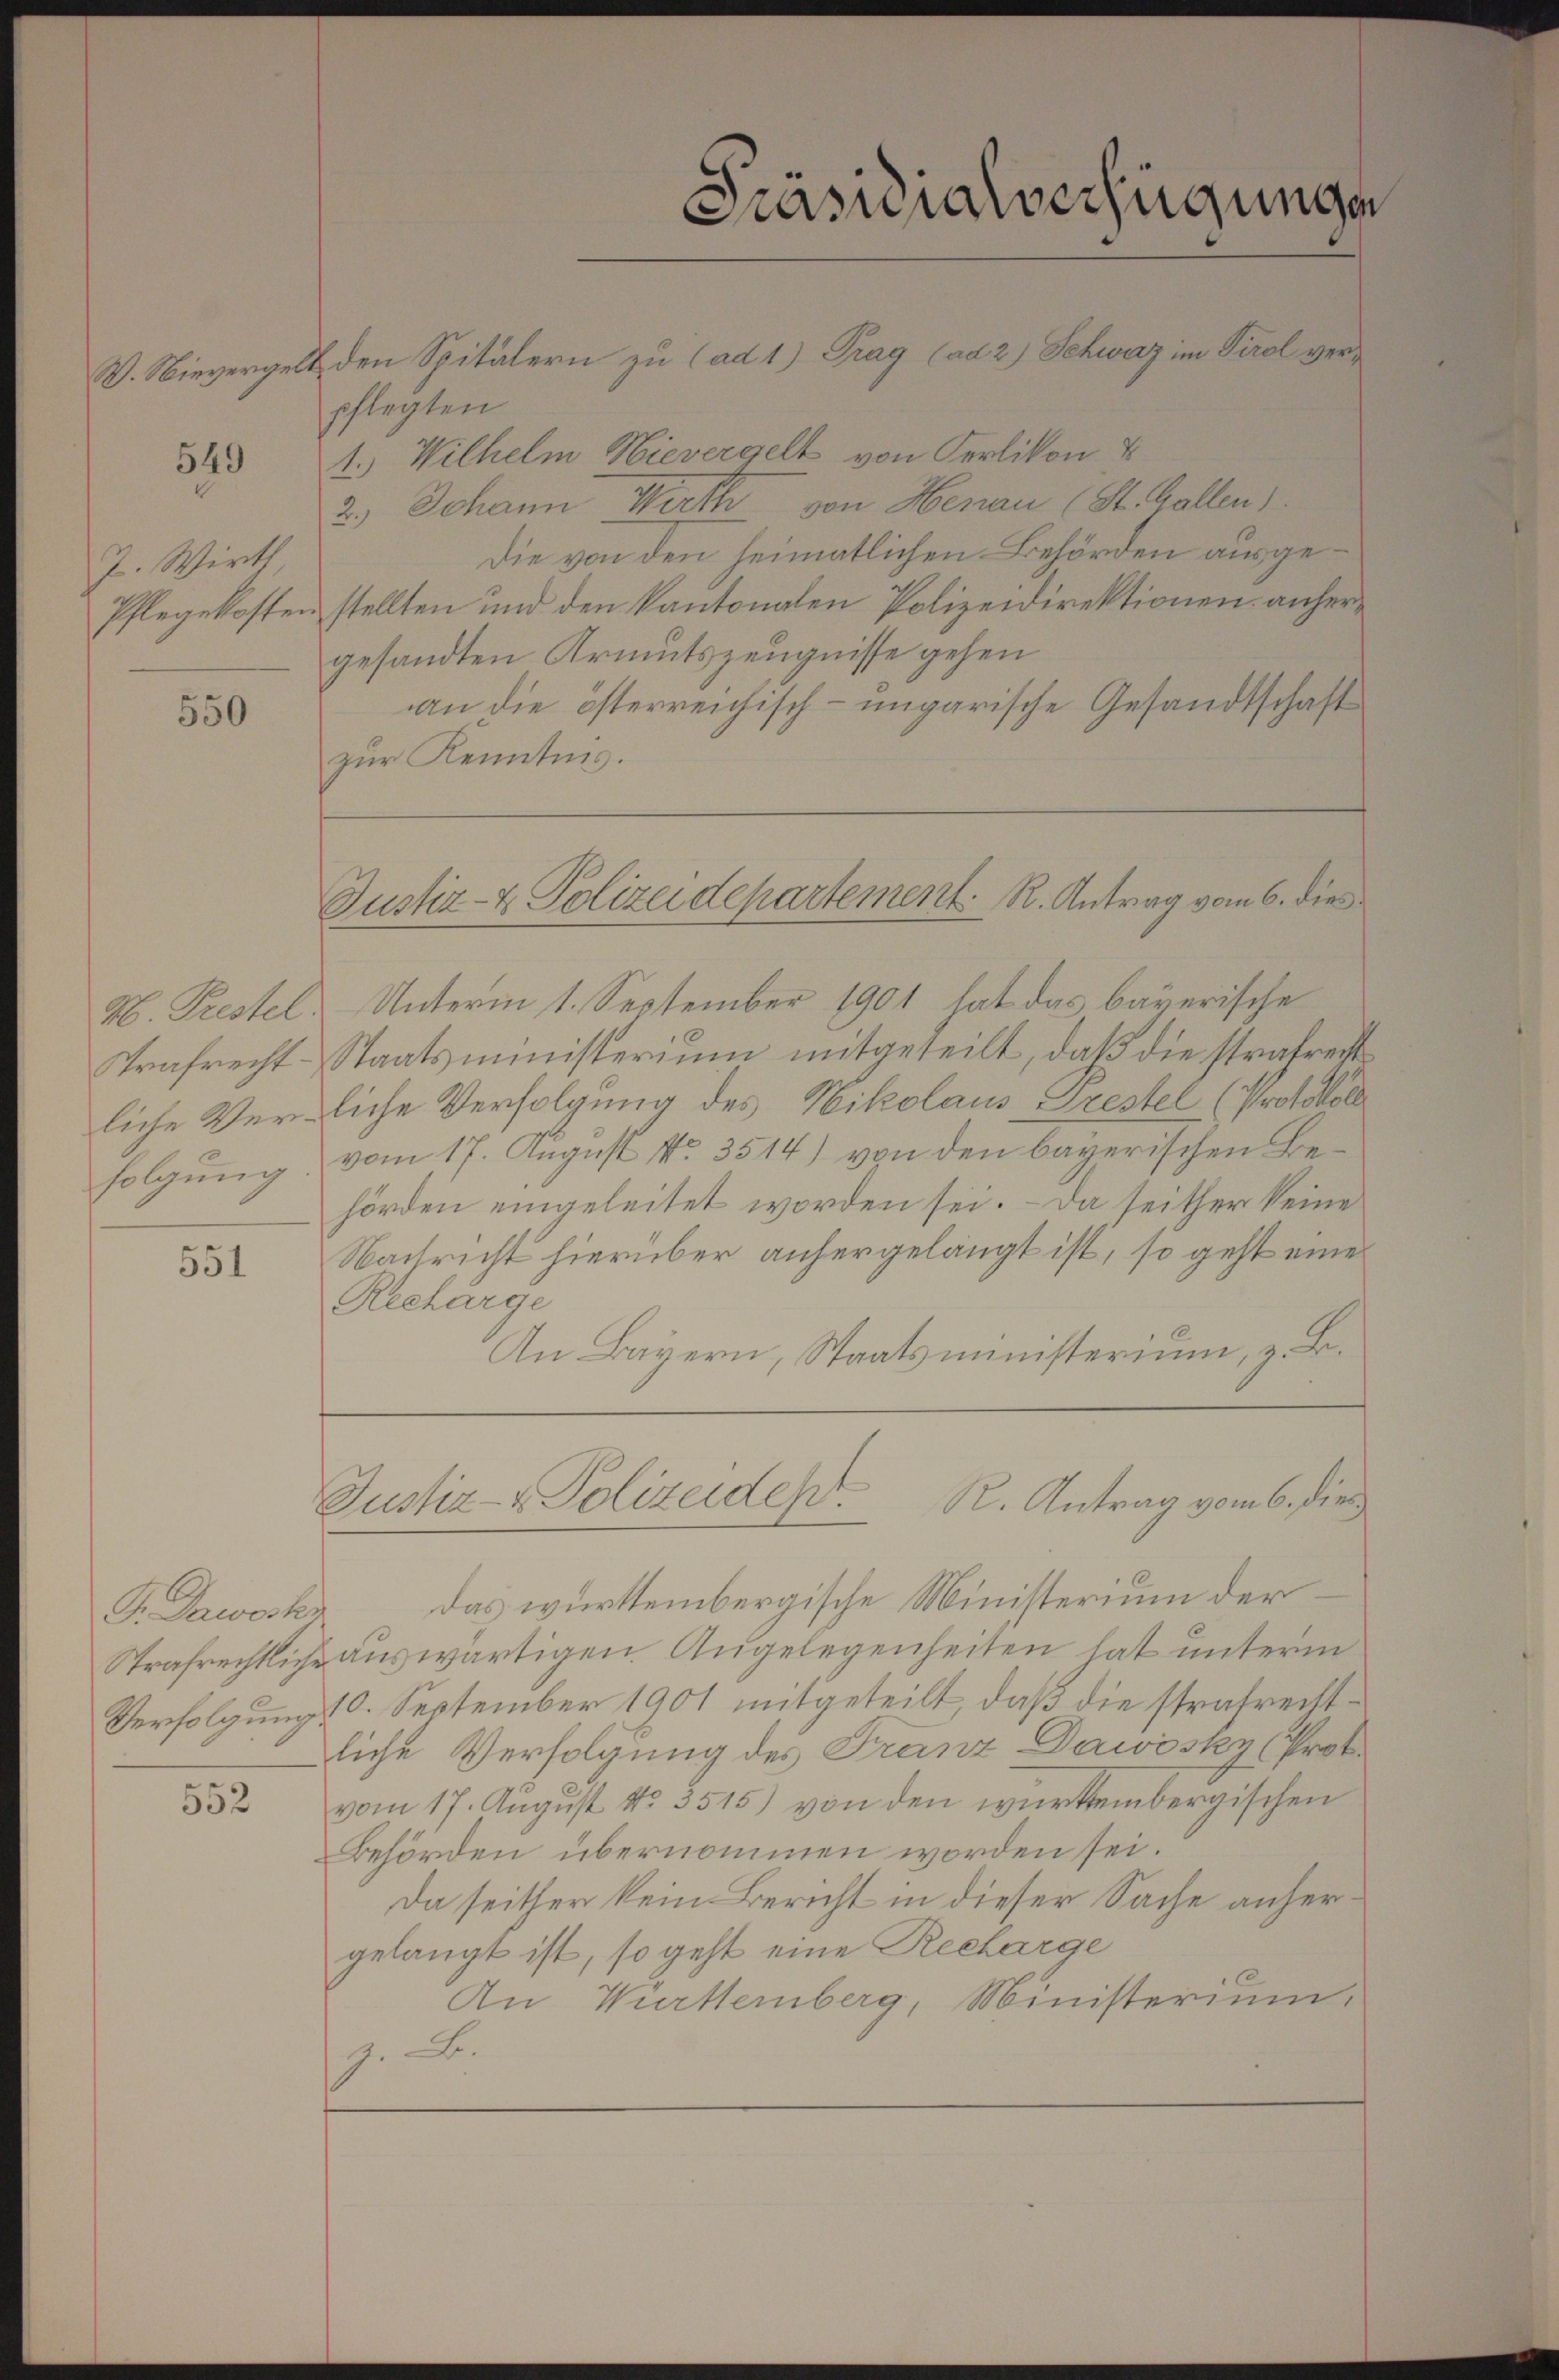
W. Nievergel

549

J. Wirth
Pflegekosten

550

H. Prestel
Strafrecht.
liche Verfolgung

551

G. Daworku

552

2 den Spitälern zu (ad 1) Prag (ad 2) Schweiz im Tirol verpflegten
1.) Wilhelm Nievergelt von Oerlikon &
2.) Johann Wirth von Henau (St. Gallen)
Die von den heimatlichen Behörden ausgestellten und den kantonalen Polizeidirektionen anhergesandten Armutszeugnisse gehen
an die österreichisch-ungarische Gesandtschaft
zur Kenntnis.

Unterm 1. September 1901 hat das bayerische
Staatsministerium mitgeteilt, daß die strafrecht
liche Verfolgung des Nikolaus Prestel (Protokoll
vom 17. August No. 3514) von den bayerischen Behörden eingeleitet worden sei. – Da seither keine
Nachricht hierüber anhergelangt ist, so geht eine
Recharge
An Bayern, Staatsministerium, z. B.

Präsidialverfügungen

Justiz- & Polizeidepartement. R. Antrag vom 6. dies

R. Antrag vom 6. die
Justiz- & Polizeident.

Das württembergische Ministerium der
Strafrechtliche auswärtigen Angelegenheiten, hat unterm
Verfolgung 10. September 1901 mitgeteilt, daß die stratrechtliche Verfolgung des Franz Dawösky (Prot.
vom 17. August No. 3515) von den württembergischen
Behörden übernommen worden sei.
Da seither kein Bericht in dieser Sache anhergelangt ist, so geht eine Recharge
An Württemberg, Ministerium,
.B.